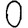
Digit: 0